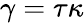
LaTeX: \gamma=\tau\kappa